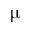
\upmu